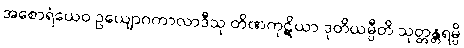
အစောရံယေဝ ဥယျောဂကာလာဒီသု တိဏကုဋိယာ ဒုတိယမ္ပီတိ သုတ္တန္တရမ္ပိ